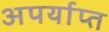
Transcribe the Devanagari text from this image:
अपर्याप्‍त